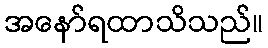
အနော်ရထာသိသည်။